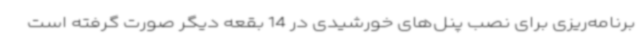
برنامه‌ریزی برای نصب پنل‌های خورشیدی در 14 بقعه دیگر صورت گرفته است